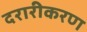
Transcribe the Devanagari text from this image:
दरारीकरण